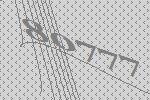
80777